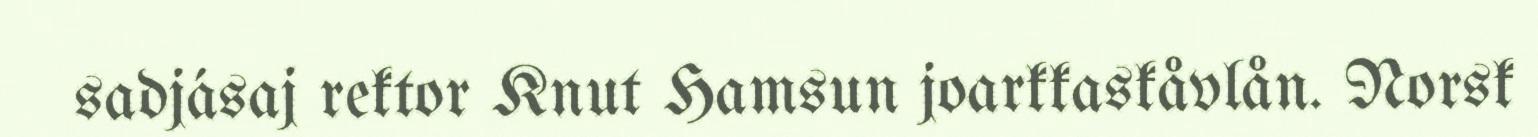
sadjásaj rektor Knut Hamsun joarkkaskåvlån. Norsk